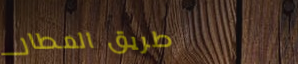
طريق المطار